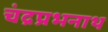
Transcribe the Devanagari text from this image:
चंद्रप्रभनाथ